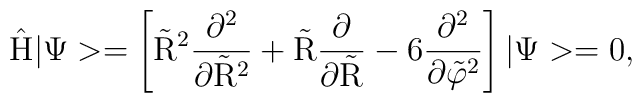
\rm \hat H |\Psi> =  \left[\tilde R^2 \frac{\partial^2}{\partial \tilde R^2}+\tilde   R\frac{\partial}{\partial \tilde R} -6 \frac{\partial^2}{\partial \tilde \varphi^2} \right ] |\Psi> =0,